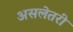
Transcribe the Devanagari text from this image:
असलेतरी